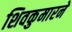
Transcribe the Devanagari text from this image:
शिवकुमारने